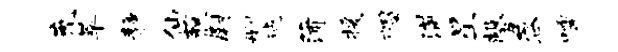
充萃静仙藐尉删毡蒲援帽满星馨蓉嚅